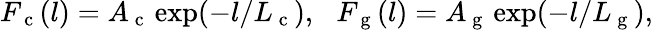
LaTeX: F_{\mathrm{~c~}}(l)=A_{\mathrm{~c~}}\exp(-l/L_{\mathrm{~c~}}),\, \, \, \, F_{\mathrm{~g~}}(l)=A_{\mathrm{~g~}}\exp(-l/L_{\mathrm{~g~}}),